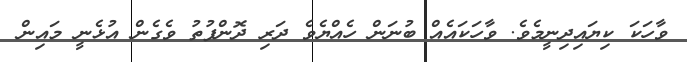
ވާހަކަ ކިޔައިދިނީމެވެ. ވާހަަކައެއް ބުނަން ހެއްޔެވެ ދަރި ދޮންފުތު ވެގެން އުޅެނީ މައިން